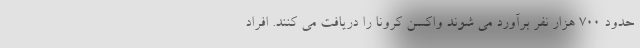
حدود ۷۰۰ هزار نفر برآورد می شوند واکسن کرونا را دریافت می کنند. افراد